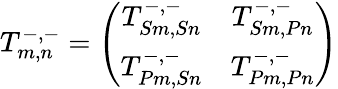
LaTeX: T_{m,n}^{-,-}=\left(\begin{array}{cc}{T_{Sm,Sn}^{-,-}}&{T_{Sm,Pn}^{-,-}}\\ {T_{Pm,Sn}^{-,-}}&{T_{Pm,Pn}^{-,-}}\end{array}\right)